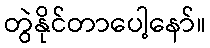
တွဲနိုင်တာပေါ့နော်။